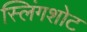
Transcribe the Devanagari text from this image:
स्लिंगशोट